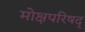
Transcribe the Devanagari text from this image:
मोक्षपरिषद्